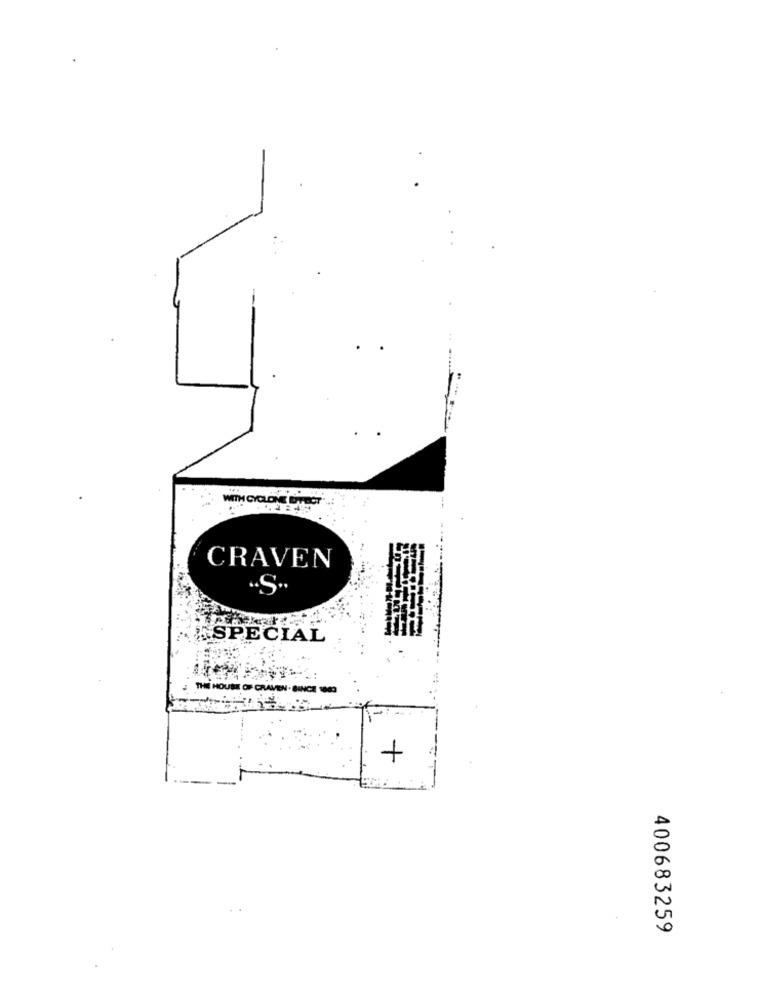
MITH CYCLONE DITECT"
CRAVEN
....
ESPECIAL
THE HOUSE OF CRAVEN .
+
400683259